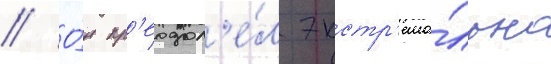
// О́н пр'еодол'е́л экстр'ема́льно